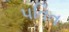
પતિત